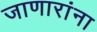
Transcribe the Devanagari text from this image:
जाणारांना